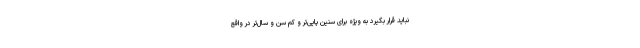
نباید قرار بگیرد به ویژه برای سنین پایی‌تر و کم سن و سال‌تر در واقع